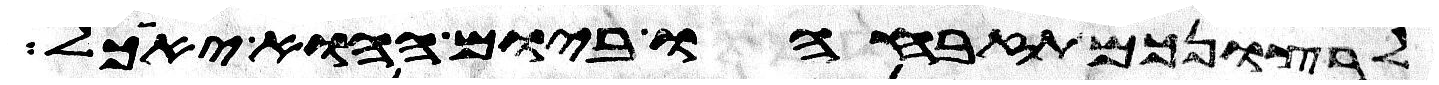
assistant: לרצונכם תזבחהו ביום ההוא יאכל